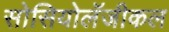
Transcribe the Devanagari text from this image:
सोसियोलॅजीकल